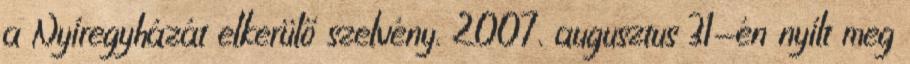
a Nyíregyházát elkerülő szelvény. 2007. augusztus 31-én nyílt meg